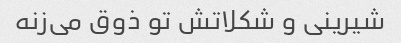
شیرینی و شکلاتش تو ذوق می‌زنه